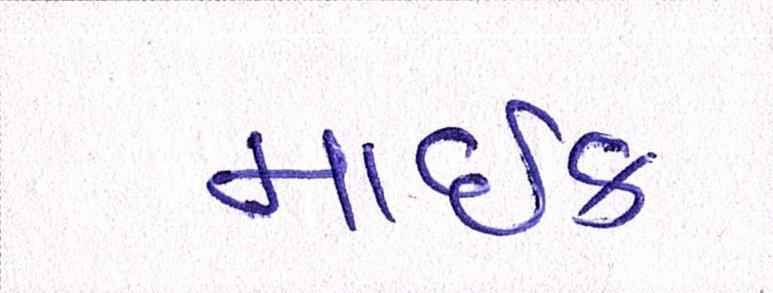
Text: માઇક